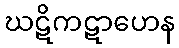
ဃဋိကဋာဟေန